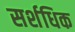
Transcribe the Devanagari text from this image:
सर्शधिक